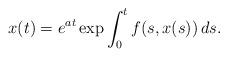
LaTeX: \begin{align*}x(t)= e^{at} \exp \int_0^t f(s, x(s)) \, ds.\end{align*}